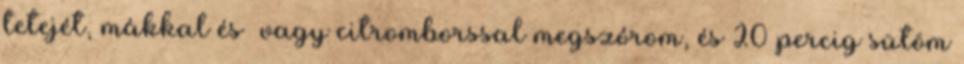
tetejét, mákkal és vagy citromborssal megszórom, és 20 percig sütöm